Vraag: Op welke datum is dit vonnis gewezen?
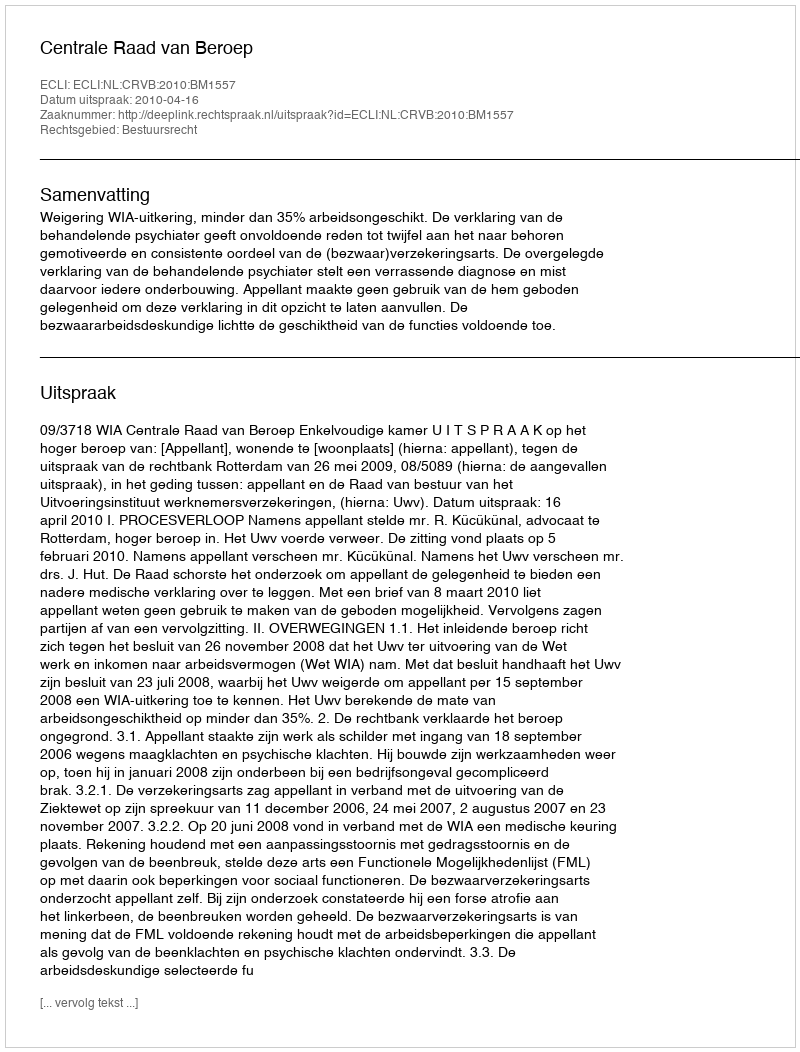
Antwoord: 2010-04-16